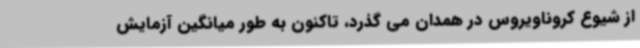
از شیوع کروناویروس در همدان می گذرد، تاکنون به طور میانگین آزمایش